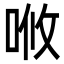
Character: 𠳘